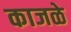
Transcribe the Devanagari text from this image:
काजळे